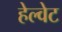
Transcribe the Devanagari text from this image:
हेल्वेट